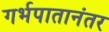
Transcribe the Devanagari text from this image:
गर्भपातानंतर